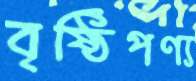
বৃষ্ঠিপণ্য